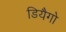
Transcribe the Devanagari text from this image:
डियैगो